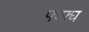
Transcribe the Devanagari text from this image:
फ्घ्फ्घ